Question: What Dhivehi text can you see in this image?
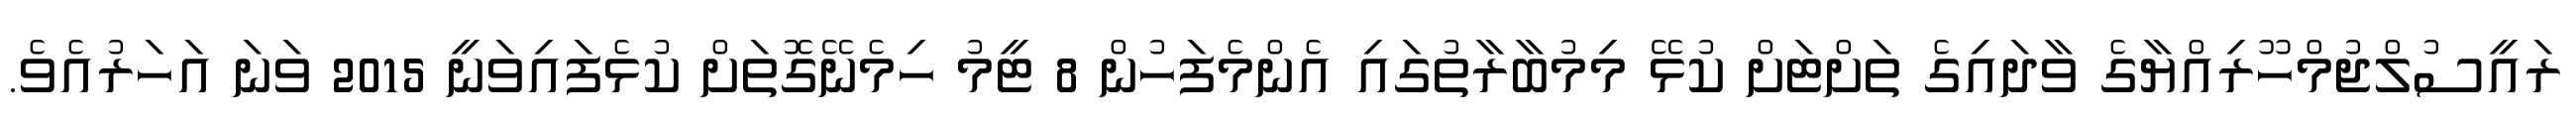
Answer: ރައީސުލްޖުމްހޫރިއްޔާގެ ވާދައިގެ ތަށްޓަށް ކުޅޭ މިމުބާރާތުގައި އެންމެފަހުން 8 ޓީމު ހިމެނޭގޮތަށް ކުޅެފައިވަނީ 2015 ވަނަ އަހަރުއެވެ.